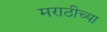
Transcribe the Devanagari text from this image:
मराठीच्‍या